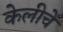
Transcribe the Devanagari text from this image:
केलीचे